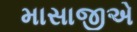
માસાજીએ